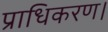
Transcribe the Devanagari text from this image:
प्राधिकरण।